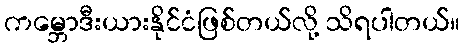
ကမ္ဘောဒီးယားနိုင်ငံဖြစ်တယ်လို့ သိရပါတယ်။